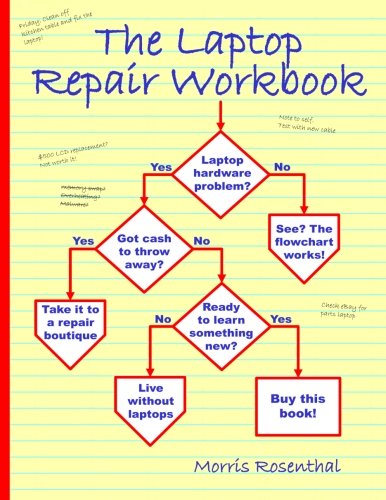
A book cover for The Laptop Repair Workbook: An Introduction to Troubleshooting and Repairing Laptop Computers; Morris Rosenthal; Computers & Technology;